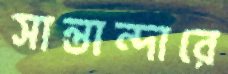
সান্তান্দারে